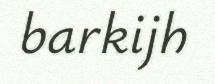
barkijh